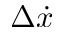
\Delta \dot { x }